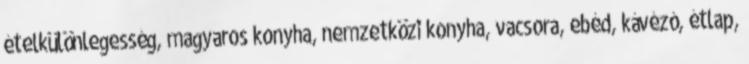
ételkülönlegesség, magyaros konyha, nemzetközi konyha, vacsora, ebéd, kávézó, étlap,